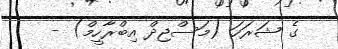
ގެ ޝަރަހަ (މަސްޖިދް އިބްރާހީމް) -